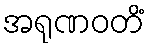
အရုဏဝတိံ